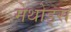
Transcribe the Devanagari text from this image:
मेथोड्स